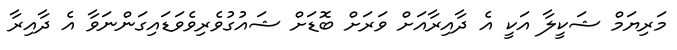
މަރިޔަމް ޝަކީލާ އަކީ އެ ދާއިރާއަށް ވަރަށް ބޮޑަށް ޝައުގުވެރިވެވަޑައިގަންނަވާ އެ ދާއިރާ